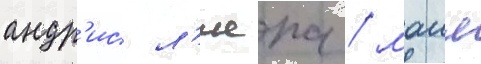
андр'ис л'иепа / маия